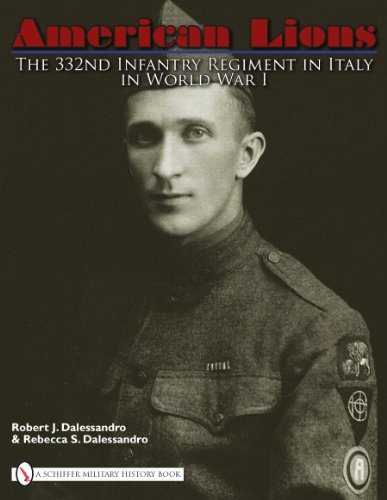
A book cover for American Lions:  The 332nd Infantry Regiment in Italy in World War I; Robert J. Dalessandro; History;